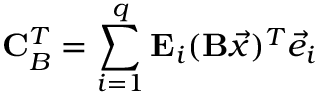
\mathbf { C } _ { B } ^ { T } = \sum _ { i = 1 } ^ { q } \mathbf { E } _ { i } ( \mathbf { B } \vec { x } ) ^ { T } \vec { e } _ { i }